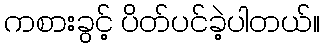
ကစားခွင့် ပိတ်ပင်ခဲ့ပါတယ်။